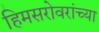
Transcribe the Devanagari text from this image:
हिमसरोवरांच्या